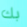
بك